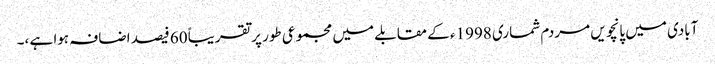
آبادی میں پانچویں مردم شماری 1998ء کے مقابلے میں مجموعی طور پرتقریباً 60 فیصد اضافہ ہوا ہے ،۔